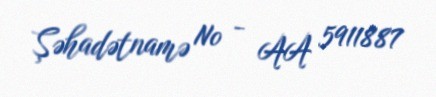
Şəhadətnamə № - AA 5911887